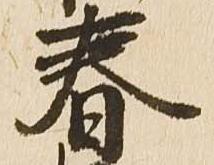
春